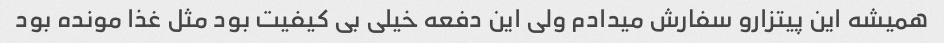
همیشه این پیتزارو سفارش میدادم ولی این دفعه خیلی بی کیفیت بود مثل غذا مونده بود